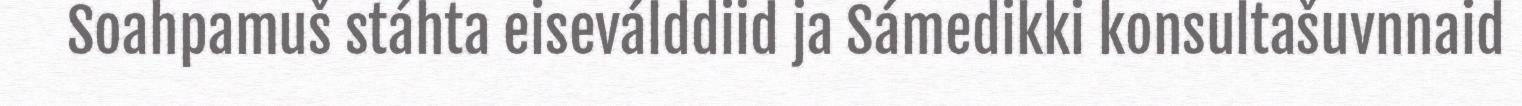
Soahpamuš stáhta eiseválddiid ja Sámedikki konsultašuvnnaid